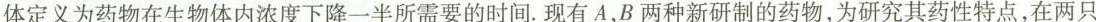
体定义为药物在生物体内浓度下降一半所需要的时间。现有A，B两种新研制的药物，为研究其药性特点，在两只